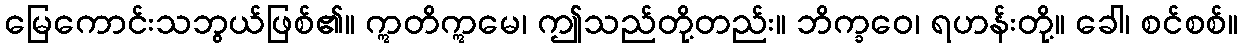
မြေကောင်းသဘွယ်ဖြစ်၏။ ဣတိဣမေ၊ ဤသည်တို့တည်း။ ဘိက္ခဝေ၊ ရဟန်းတို့။ ခေါ၊ စင်စစ်။